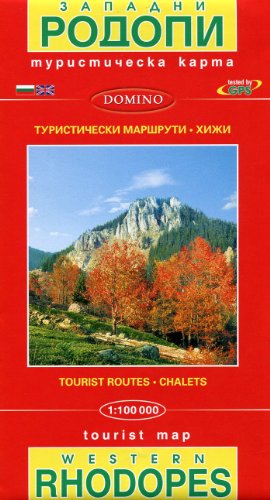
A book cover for Rhodopes West (Bulgaria) 1:100,000 Hiking Map, GPS-compatible DOMINO, 2011 edition; Domino Bulgaria; Travel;